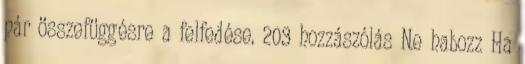
pár összefüggésre a felfedése. 203 hozzászólás Ne habozz Ha